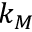
k _ { M }